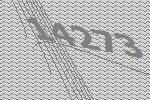
14273